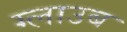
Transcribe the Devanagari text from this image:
ग्लाउब